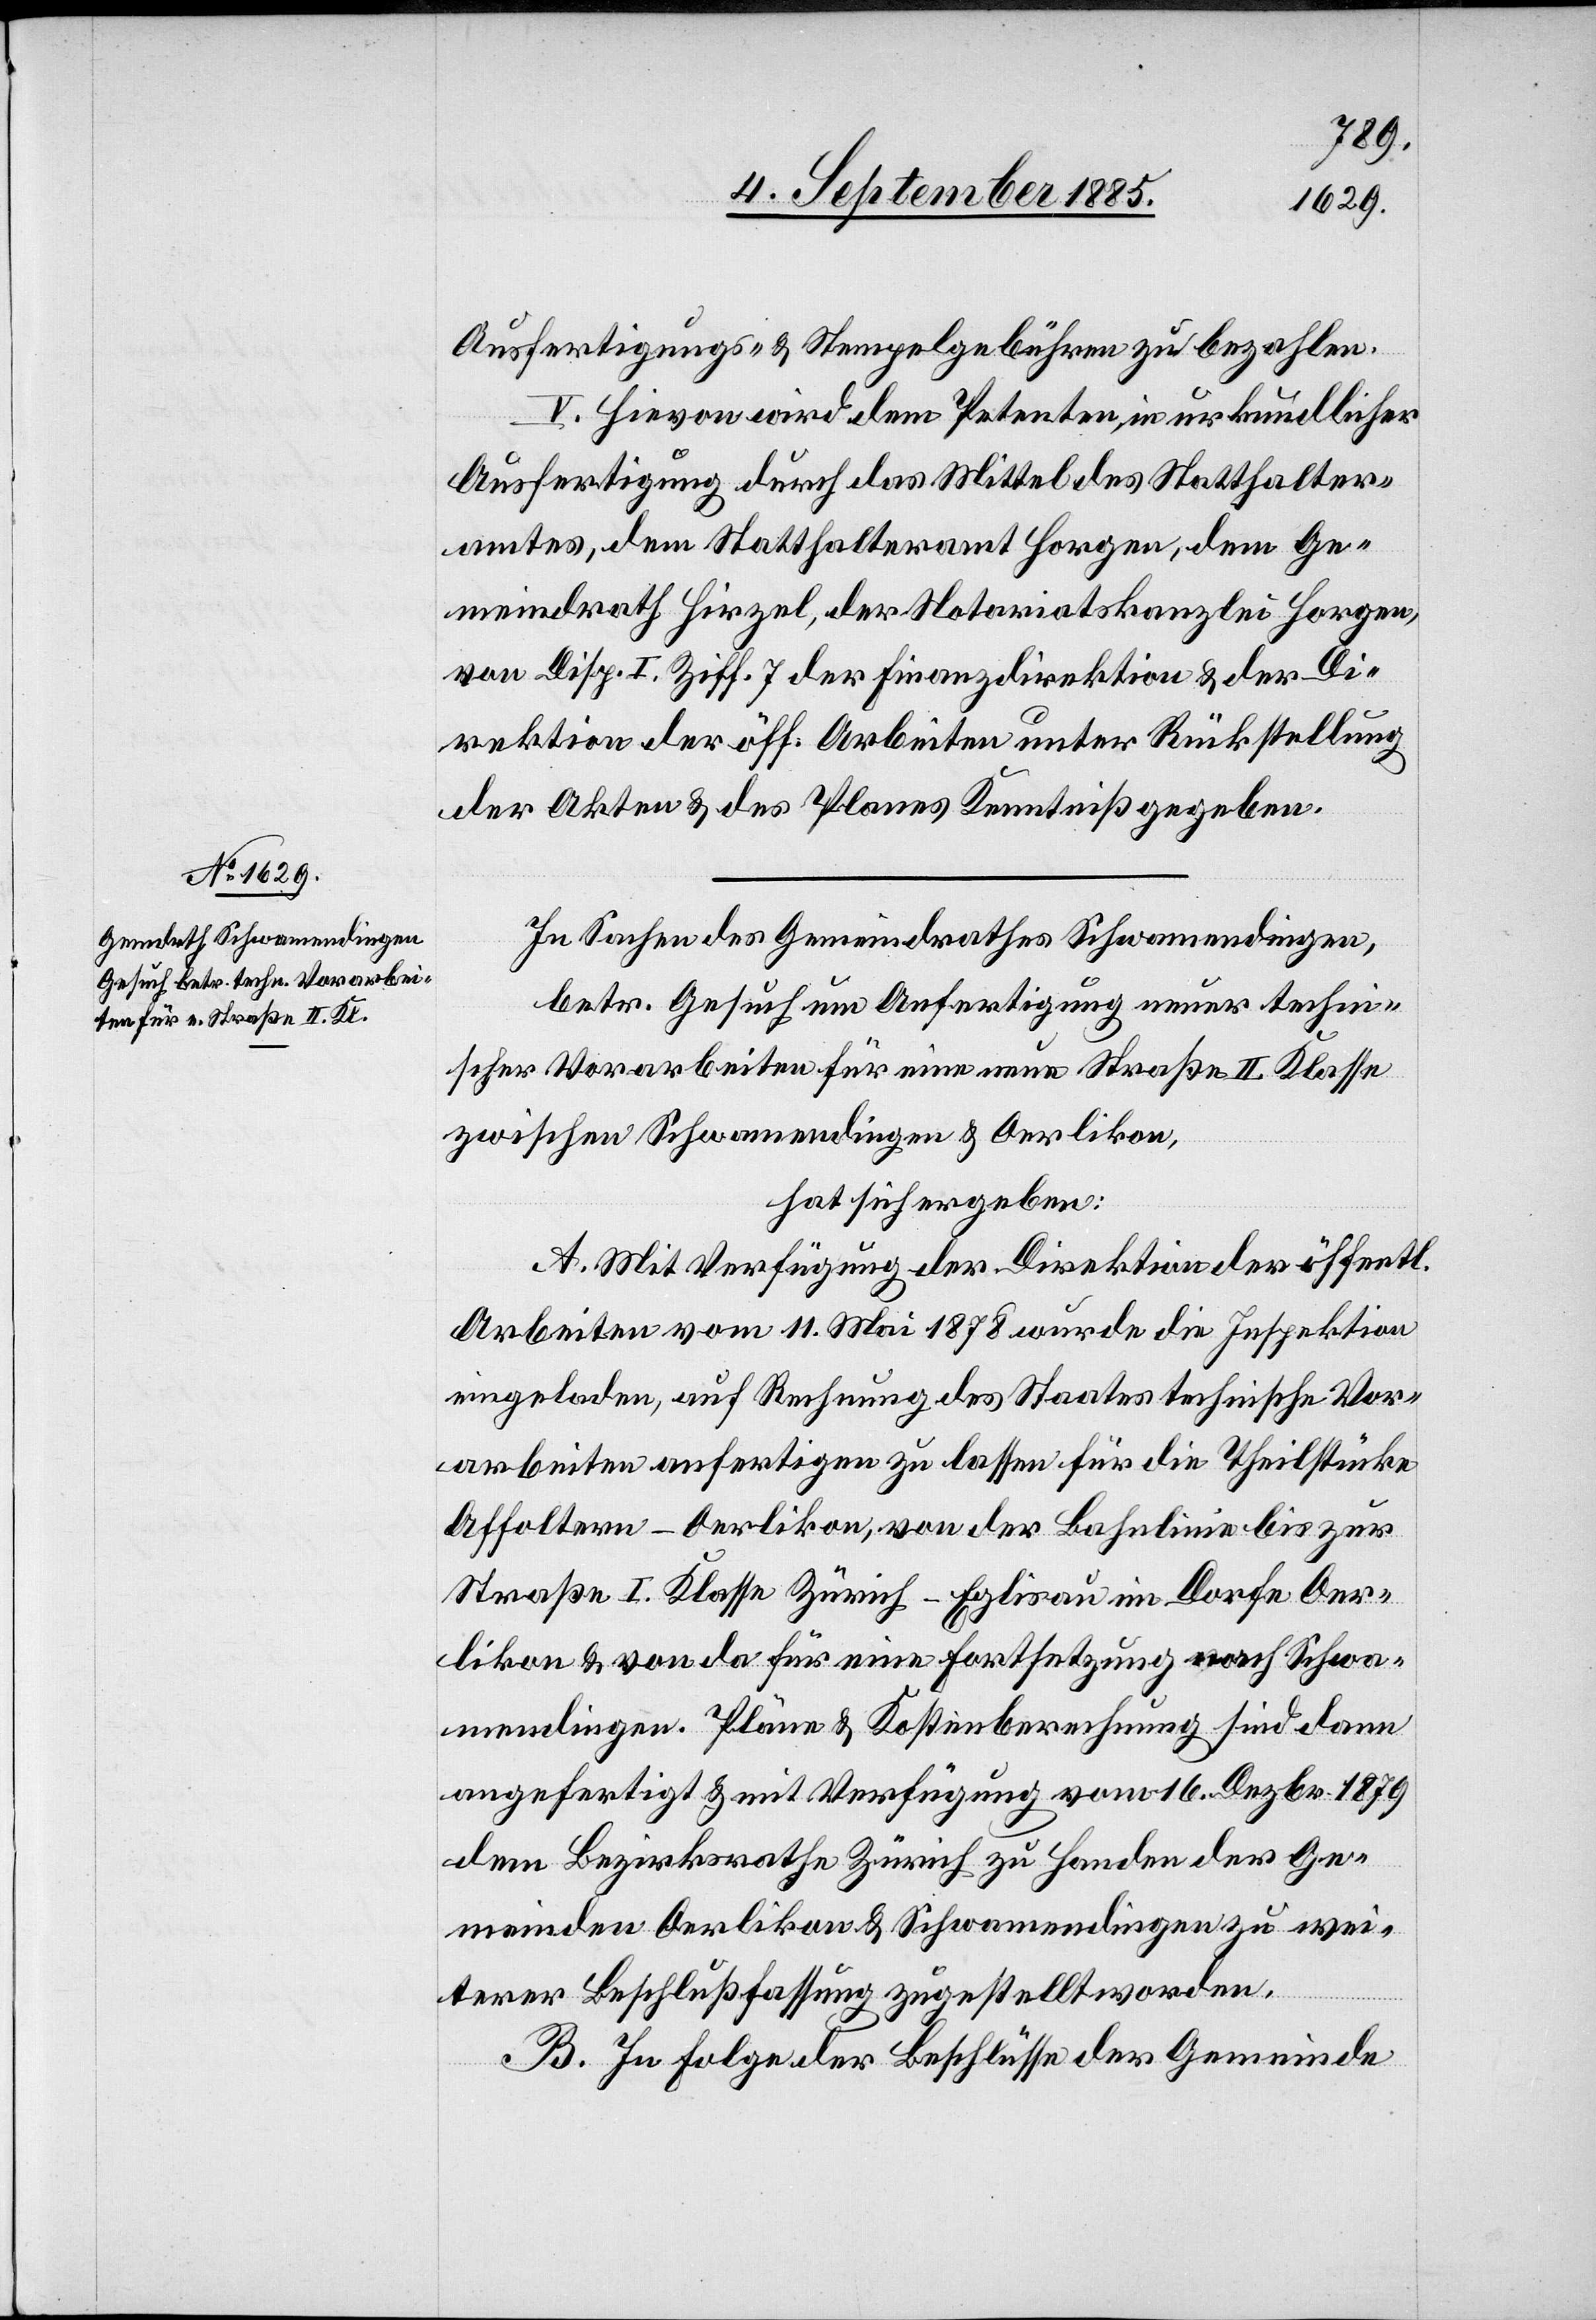
Ausfertigungs- & Stempelgebühren zu bezahlen.
V. Hievon wird dem Petenten, in urkundlicher
Ausfertigung durch das Mittel des Statthalter¬
amtes, dem Statthalteramt Horgen, dem Ge¬
meindrath Hirzel, der Notariatskanzlei Horgen,
von Disp. I Ziff. 7 der Finanzdirektion & der Di¬
rektion der öff. Arbeiten unter Rückstellung
der Akten & des Planes Kenntniß gegeben.
In Sachen des Gemeindrathes Schwamendingen,
betr. Gesuch um Anfertigung neuer techn¬
ischer Vorarbeiten für eine neue Straße II. Klasse
zwischen Schwamendingen & Oerlikon,
hat sich ergeben:
A. Mit Verfügung der Direktion der öffentl.
Arbeiten vom 11. Mai 1878 wurde die Inspektion
eingeladen, auf Rechnung des Staates technische Vor¬
arbeiten anfertigen zu lassen für die Theilstücke
Affoltern–Oerlikon, von der Bahnlinie bis zur
Straße I. Klasse Zürich–Eglisau im Dorfe Oer¬
likon & von da für eine Fortsetzung nach Schwa¬
mendingen. Pläne & Kostenberechnung sind dann
angefertigt & mit Verfügung vom 16. Dezbr. 1879
dem Bezirksrath Zürich zu Handen der Ge¬
meinden Oerlikon & Schwamendingen zu wei¬
terer Beschlußfassung zugestellt worden.
B. In Folge der Beschlüsse der Gemeinde